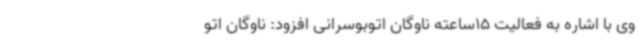
وی با اشاره به فعالیت 15ساعته ناوگان اتوبوسرانی افزود: ناوگان اتو